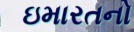
ઇમારતનો